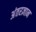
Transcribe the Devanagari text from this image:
अंतरज्ञान